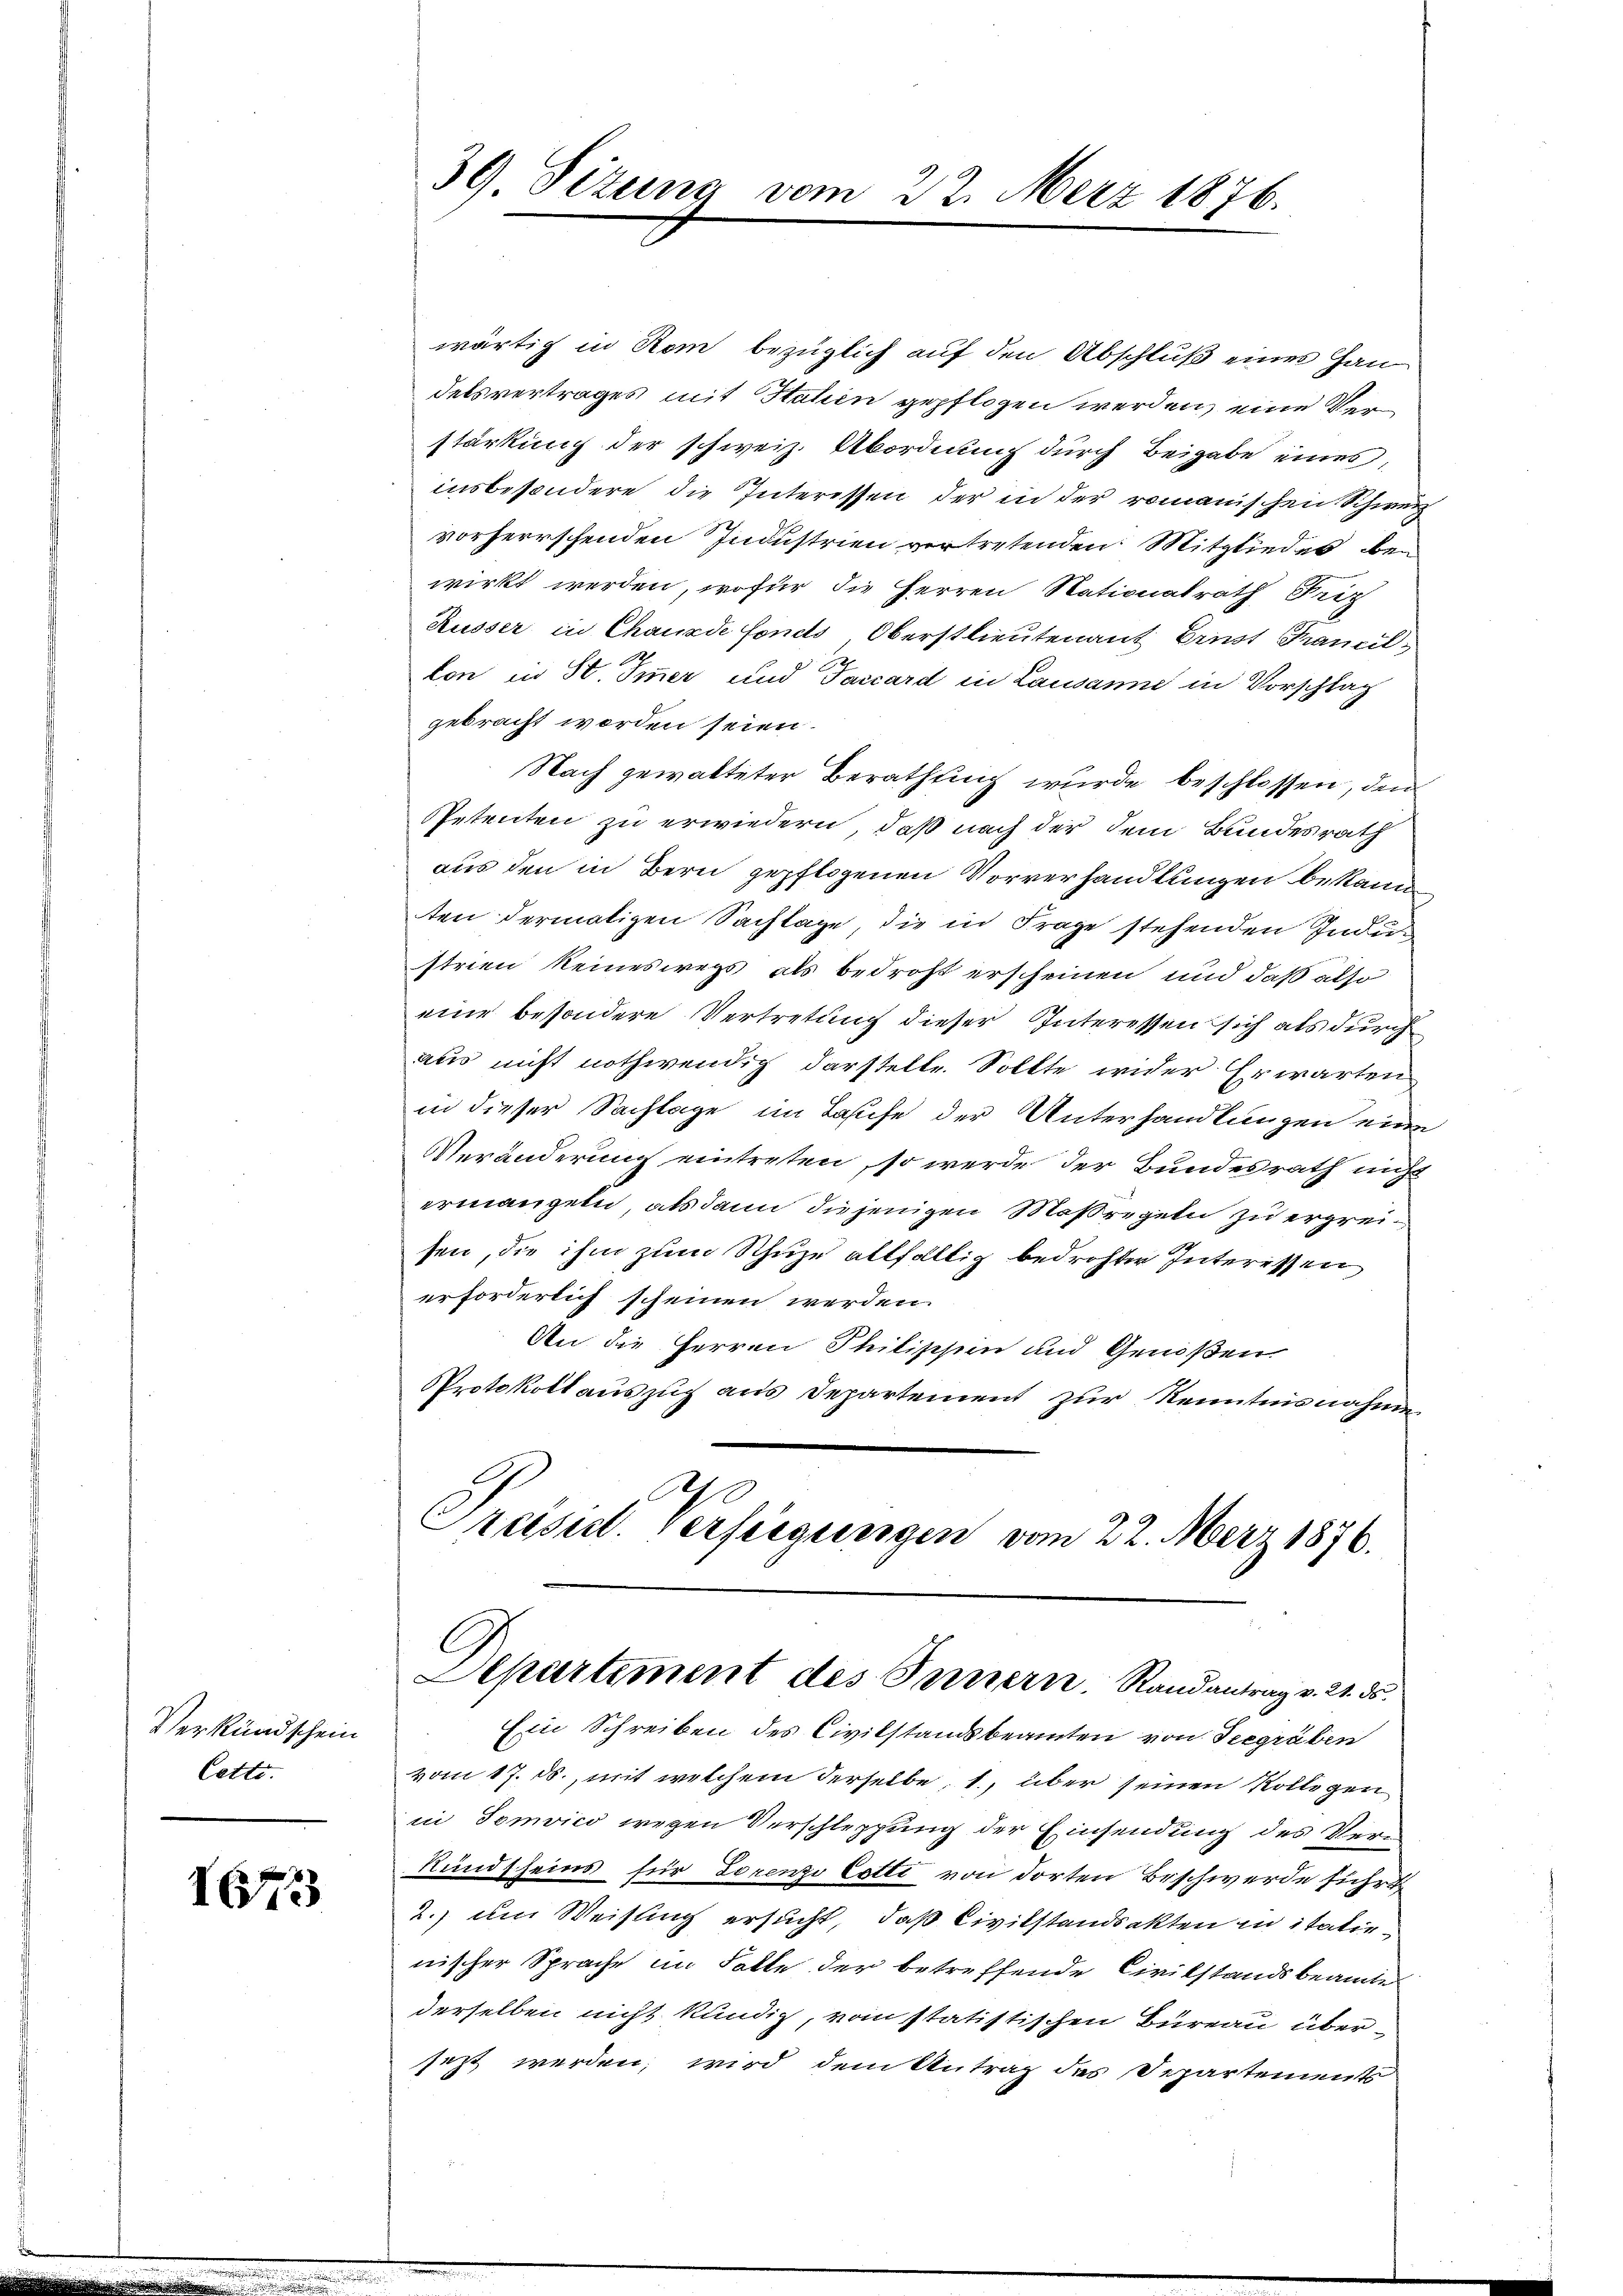
Verkundschein
Cette.

1673

39 Sizung

wärtig in Rom bezüglich auf den Abschluß eines Hau
delsvertrages mit Stuten gepflogen werden, eine Verstärkung der schweiz. Abordnung durch Beigabe eines,
insbesondere die Interessen der in der romanischen Schweiz
vorherrschenden Industrien vertretenden Mitgliedes bewirkt werden, wofür die Herren Nationalrath Friz
Kusser in Chauxde fonds, Oberstlieutenant Ernst Francellon in St. Immer und Taccard in Lausanne in Vorschlag
gebracht worden seien.
Nach gewalteter Berathung wurde beschlossen, den
Petenten zu erwiedern, daß nach der dem Bundesrath
aus den in Bern gepflogenen Vorverhandlungen bekann
ten dermaligen Sachlage, die in Frage stehenden Industrien keineswegs als bedroht erscheinen und daß also
eine besondere Vertretung dieser Interessen sich als durch
aus nicht nothwendig darstelle. Sollte wider Erwarten
in dieser Sachlage im Laufe der Unterhandlungen eine
Veränderung eintreten, so werde der Bundesrath nicht
ermangeln, alsdann diejenigen Maßregeln zu ergreisen, die ihm zum Schuze allfällig bedrohter Interessen
erforderlich scheinen werden.
An die Herren Philischein und Genoßen
Protokoll auszug aus Departement zur Kenntnisnahmen
20
Prasset. Verfügungen vom 22. März 1876.

vom 22. März 1876.

Departement des Innern. Randantrag v. 21. ds.

Ein Schreiben des Civilstandsbeamten von Seegräben
vom 17. ds., mit welchem derselbe, 1., über seinen Kollogen
in Tomvico wegen Verschleppung der Einsendung des Ver¬
Rundscheins für Lorenze Cotti von dorten Beschwerde führ
2.) Im Weisung ersucht, daß Civilstandsakten in italienischer Sprache im Falle der betreffende Civilstandsbeamte
derselben nicht kündig, vom statistischen Büreau übersezt werden, wird dem Antrag des Departements